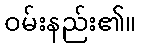
ဝမ်းနည်း၏။